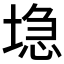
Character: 𱗔